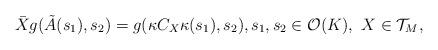
LaTeX: \begin{align*}\bar{X} g (\tilde{A}(s_{1}), s_{2} ) = g( \kappa C_{X}\kappa (s_{1}), s_{2}), s_{1},s_{2}\in {\mathcal O} (K),\ X\in {\mathcal T}_{M}, \end{align*}